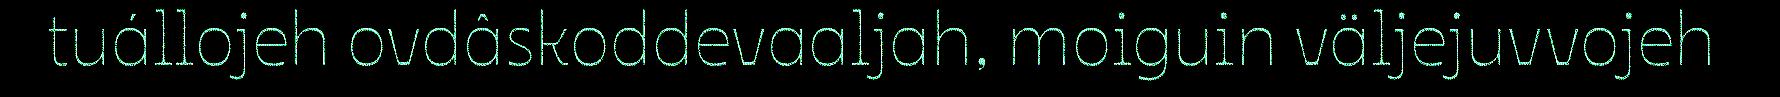
tuállojeh ovdâskoddevaaljah, moiguin väljejuvvojeh